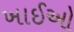
ખાઈઓ